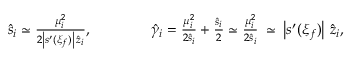
\begin{array} { r } { \hat { s } _ { i } \simeq \frac { \mu _ { i } ^ { 2 } } { 2 \left| s ^ { \prime } ( \xi _ { f } ) \right| \, \hat { z } _ { i } } , \qquad \qquad \hat { \gamma } _ { i } = \frac { \mu _ { i } ^ { 2 } } { 2 \hat { s } _ { i } } + \frac { \hat { s } _ { i } } 2 \simeq \frac { \mu _ { i } ^ { 2 } } { 2 \hat { s } _ { i } } \: \simeq \: \left| s ^ { \prime } ( \xi _ { f } ) \right| \, \hat { z } _ { i } , } \end{array}